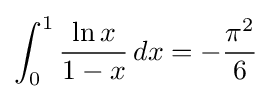
\int _{0}^{1}{\frac {\ln x}{1-x}}\,dx=-{\frac {\pi ^{2}}{6}}